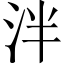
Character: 泮